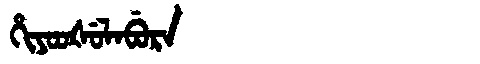
Manchu: ᡥᡳᠶᠣᠣᡧᡠᠯᠠᠪᡠᡵᠠ
Romanization: HIYOOŠULABURA